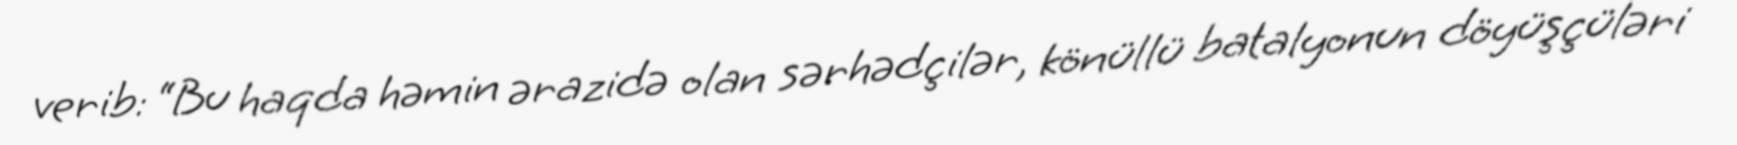
verib: “Bu haqda həmin ərazidə olan sərhədçilər, könüllü batalyonun döyüşçüləri